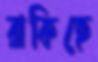
রাকিছে